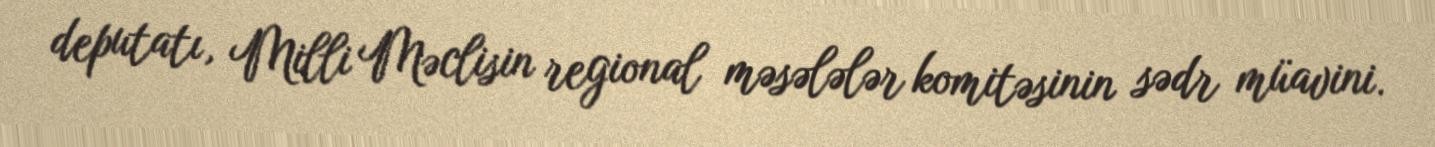
deputatı, Milli Məclisin regional məsələlər komitəsinin sədr müavini.